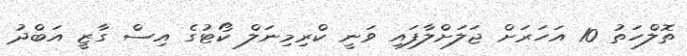
ތޮލްހަތު 10 އަހަރަށް ޖަލަށްލާފައި ވަނީ ކްރިމިނަލް ކޯޓުގެ އިސް ގާޒީ އަބްދު